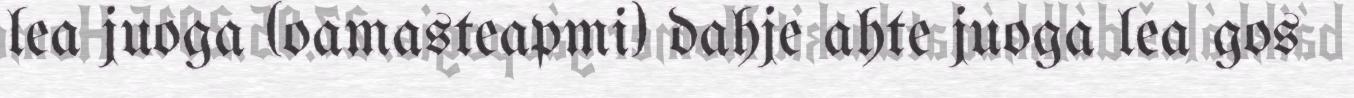
lea juoga (oamasteapmi) dahje ahte juoga lea gos